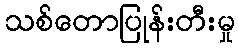
သစ်တောပြုန်းတီးမှု